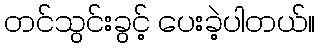
တင်သွင်းခွင့် ပေးခဲ့ပါတယ်။